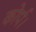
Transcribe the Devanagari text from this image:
कोर्प।